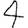
Digit: 4